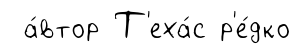
а́втор Т'еха́с р'е́дко